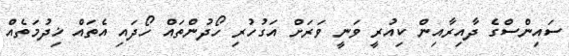
ސައިންސްގެ ދާއިރާއިން ކިއުރީ ވަނީ ވަރަށް އަގުހުރި ހޯދުންތައް ހޯދައި އެތައް ޚިދުމަތެއް